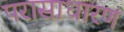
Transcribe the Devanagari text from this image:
परासाधारण